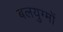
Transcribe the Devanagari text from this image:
बलयुग्मों